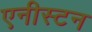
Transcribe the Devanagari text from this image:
एनीस्टन